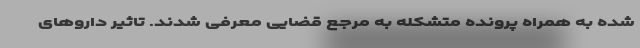
شده به همراه پرونده متشکله به مرجع قضایی معرفی شدند. تاثیر داروهای